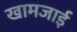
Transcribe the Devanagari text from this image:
खामजाई